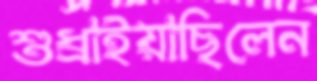
শুধ্‌রাইয়াছিলেন